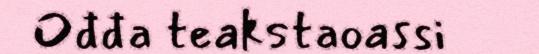
Ođđa teakstaoassi